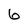
Character: 6